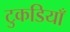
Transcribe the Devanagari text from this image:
टुकडियाँ